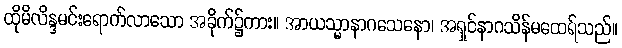
ထိုမိလိန္ဒမင်းရောက်လာသော အခိုက်၌ကား။ အာယသ္မာနာဂသေနော၊ အရှင်နာဂသိန်မထေရ်သည်။